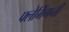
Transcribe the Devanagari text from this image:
फ्लेमिंगनी